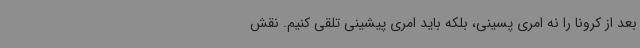
بعد از کرونا را نه امری پسینی، بلکه باید امری پیشینی تلقی کنیم. نقش